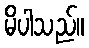
မိပါသည်။